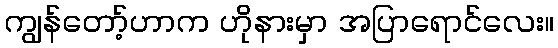
ကျွန်တော့်ဟာက ဟိုနားမှာ အပြာရောင်လေး။